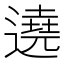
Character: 遶